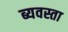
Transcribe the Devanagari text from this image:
ब्यवस्ता